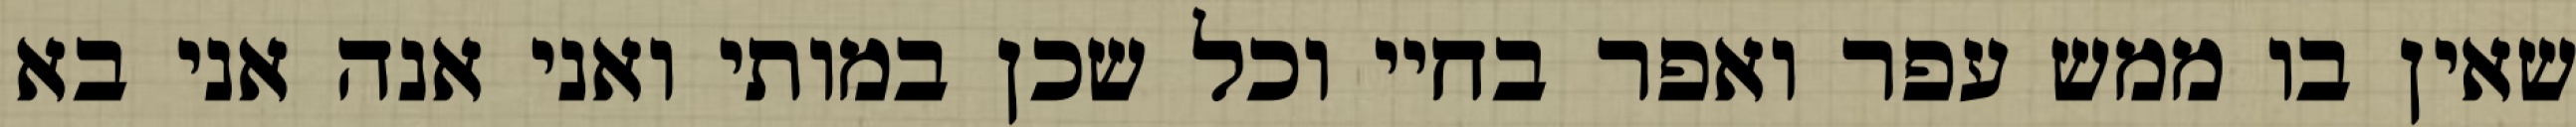
שאין בו ממש עפר ואפר בחיי וכל שכן במותי ואני אנה אני בא